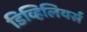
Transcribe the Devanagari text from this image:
डिव्हिलियर्स